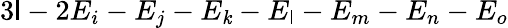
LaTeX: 3\mathsf{l}-2E_{i}-E_{j}-E_{\mathit{k}}-E_{\mathsf{l}}-E_{m}-E_{n}-E_{o}